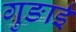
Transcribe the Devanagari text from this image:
गुङाई